Lunatic asylums United Provinces 1899-1908 - 1899-1908
Year: 1899
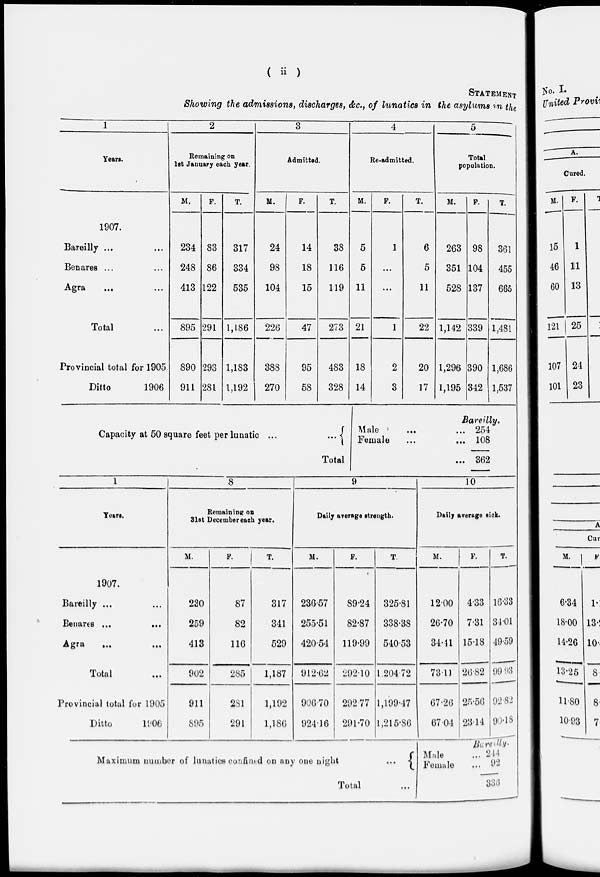
( ii )
STATEMENT
Showing the admissions, discharges, &c., of lunatics in the asylums in the
1
Years.
1907.
Bareilly ... ...
Benares ... ...
Agra ... ...
Total ...
Provincial total for 1905
Ditto
1906
2
Remaining on
1st January each year.
M.
234
248
413
895
890
911
F.
83
86
122
291
293
281
T.
317
334
535
1,186
1,183
1,192
3
Admitted.
M.
24
98
104
226
388
270
F.
14
18
15
47
95
58
T.
38
116
119
273
483
328
4
Re-admitted.
M.
5
5
11
21
18
14
F.
1
...
...
1
2
3
T.
6
5
11
22
20
17
5
Total
population.
M.
263
351
528
1,142
1,296
1,195
F.
98
104
137
339
390
342
T.
361
455
665
1,481
1,686
1,537
Capacity at 50 square feet per lunatic ...
...
Total
Bareilly.
Male ... ...
Female ... ...
...
254
108
362
1
Years.
1907.
Bareilly ... ...
Benares ...
...
Agra ... ...
Total ...
Provincial total for 1905
Ditto
1906
8
Remaining on
31st December each year.
M.
230
259
413
902
911
895
F.
87
82
116
285
281
291
T.
317
341
529
1,187
1,192
1,186
9
Daily average strength.
M.
236.57
255.51
420.54
912.62
906.70
924.16
F.
89.24
82.87
119.99
292.10
292.77
291.70
T.
325.81
338.38
540.53
1.204 72
1,199.47
1,215.86
10
Daily average sick.
M.
12.00
26.70
34.41
73.11
67.26
67.04
F.
4.33
7.31
15.18
26.82
25.56
23.14
T.
16.33
34.01
49.59
99.93
92.82
90.18
Maximum number of lunatics confined on any one night
...
Total ...
Bareilly.
Male
...
Female
...
244
92
336